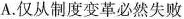
A.仅从制度变革必然失败